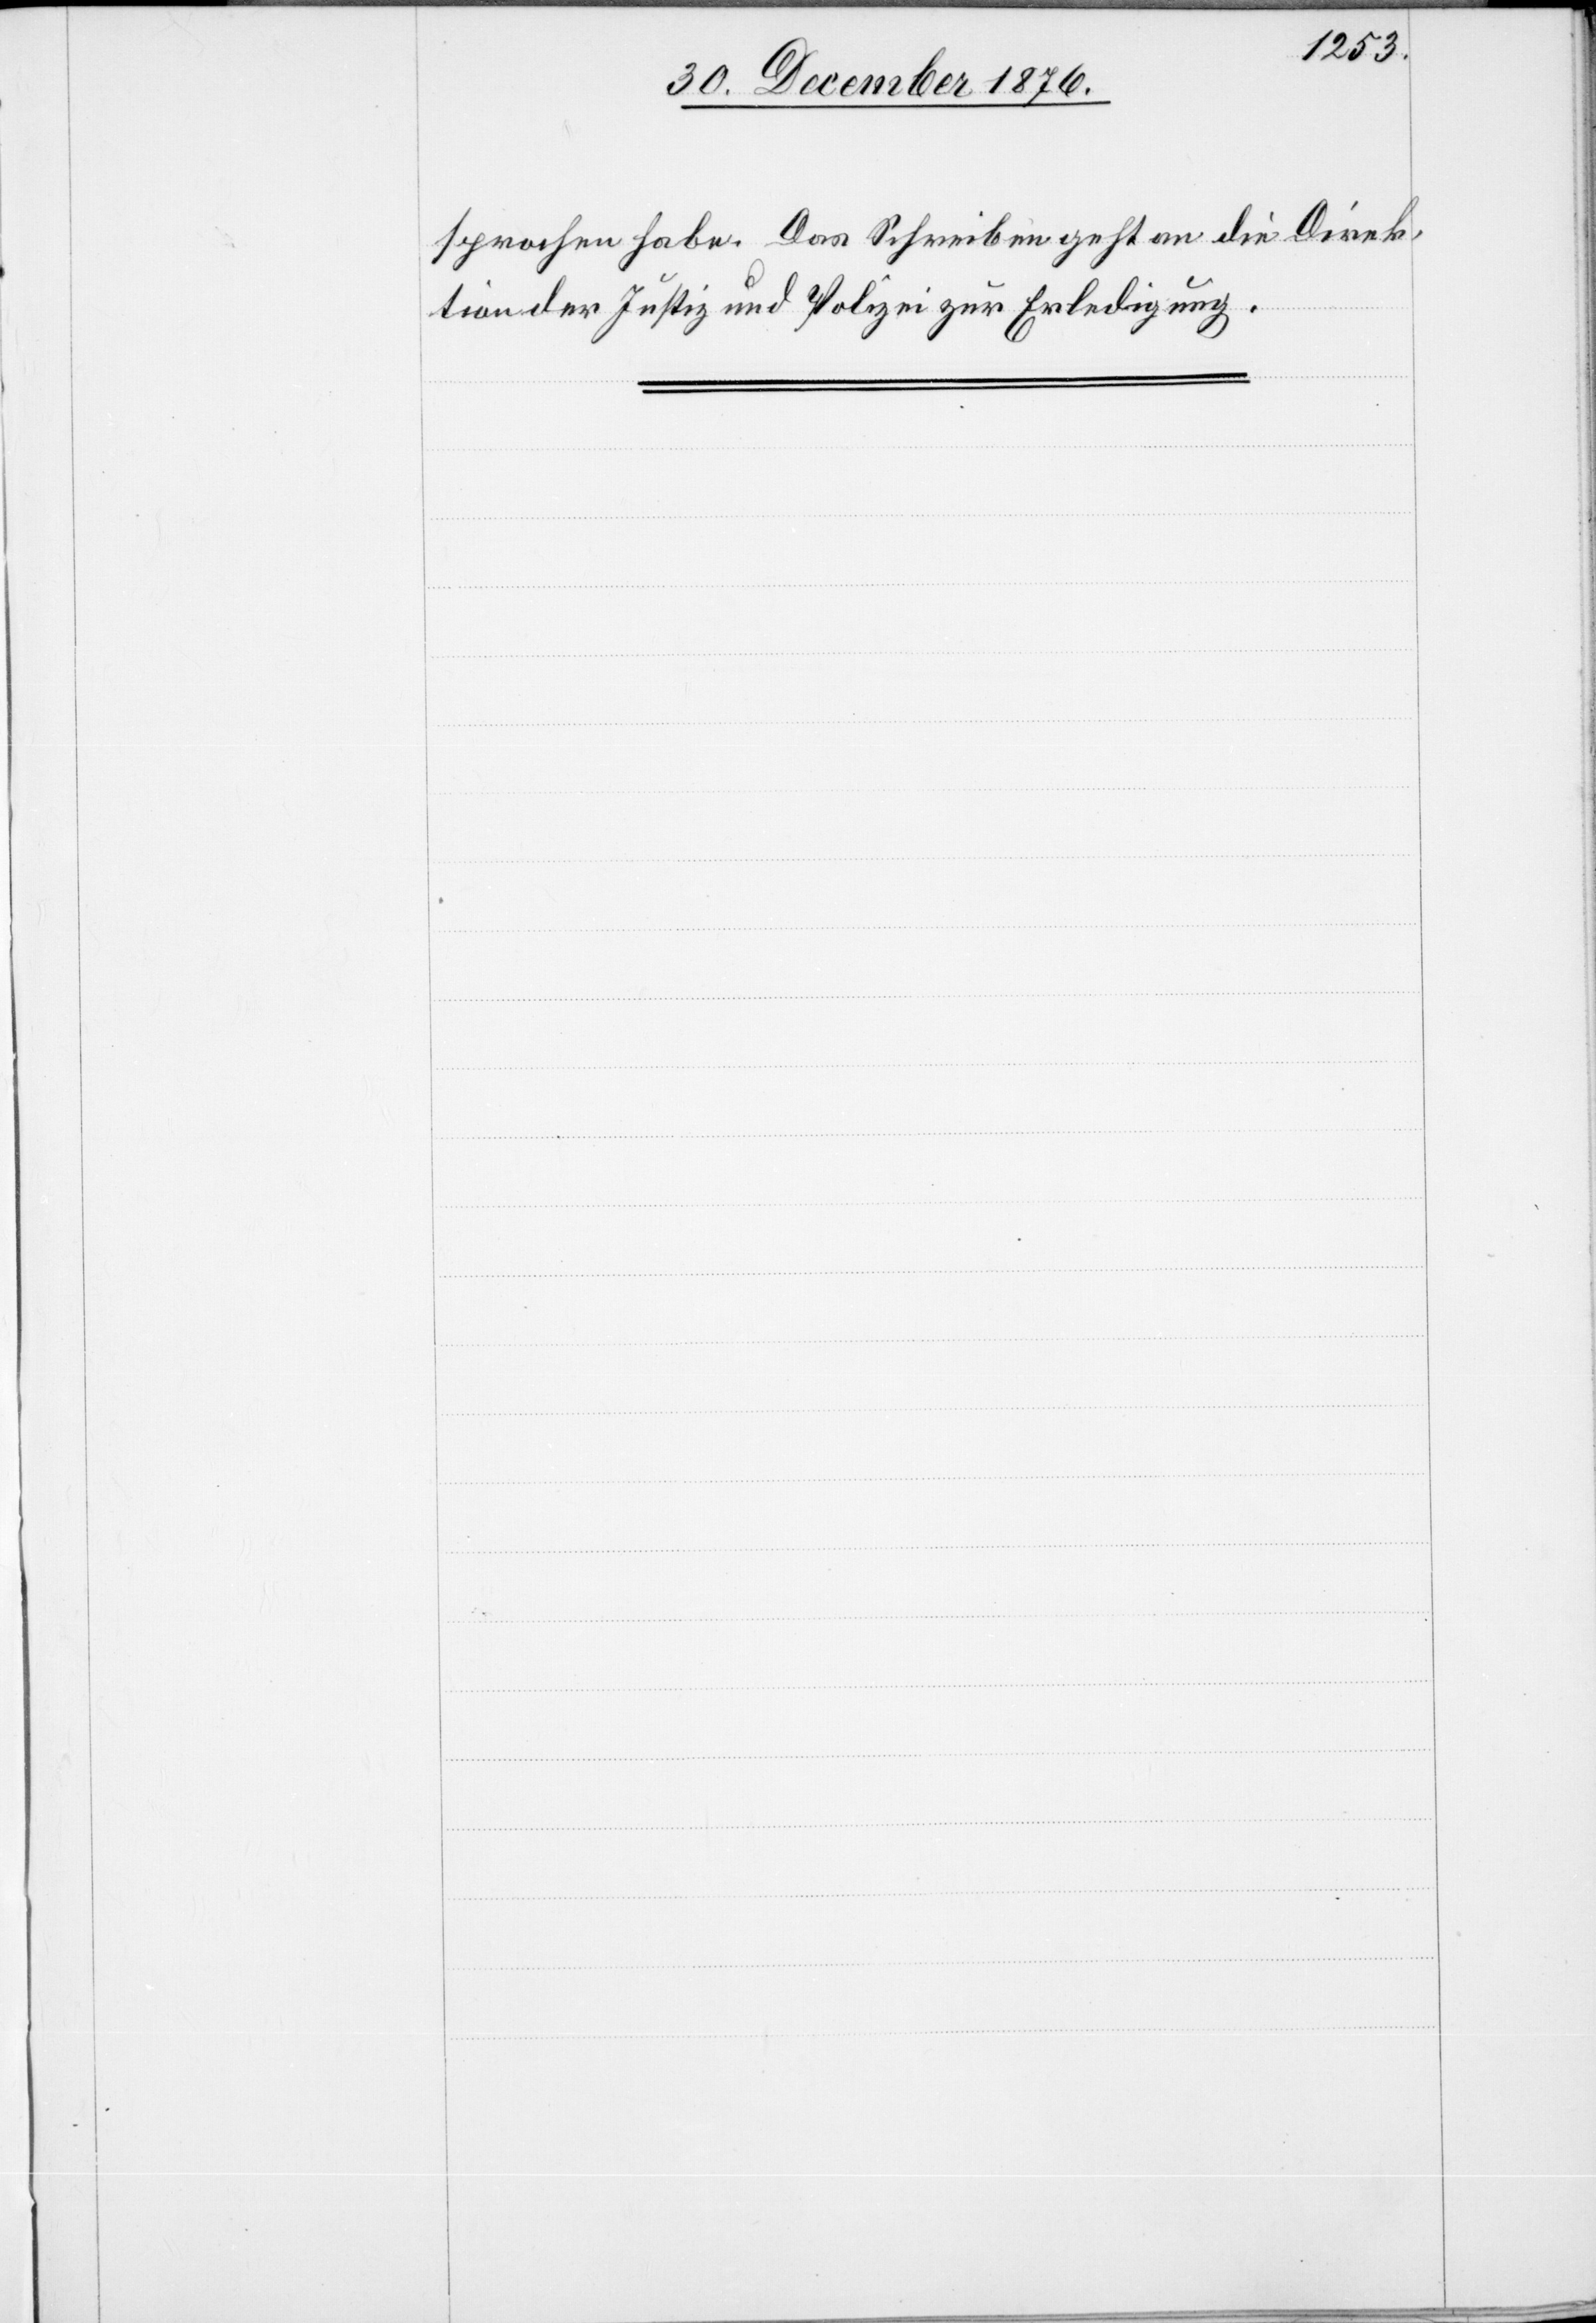
sprochen habe. Das Schreiben geht an die Direk¬
tion der Justiz und Polizei zur Erledigung.